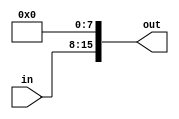
module eight_leftshift(
    input [7:0] in,
    output [15:0] out
    );
	 
	assign out = in << 8;

endmodule